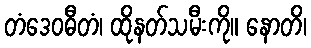
တံဒေဝဓီတံ၊ ထိုနတ်သမီးကို။ နောတိ၊